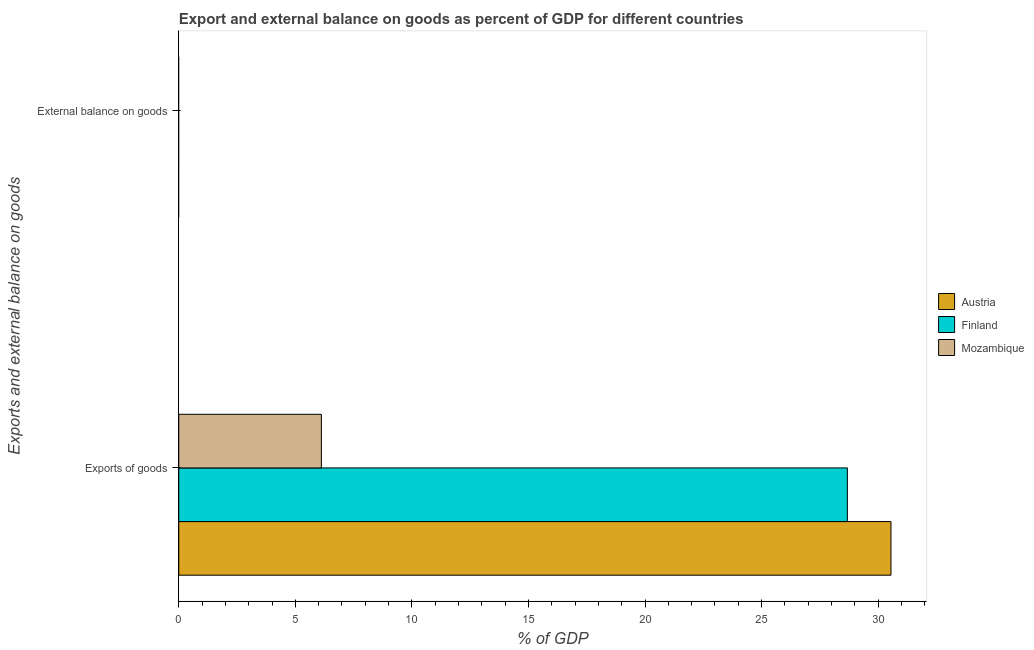
| Exports and external balance on goods | Austria | Finland | Mozambique |
 | --- | --- | --- | --- |
 | Exports of goods | 30.6 | 28.7 | 6.12 |
 | External balance on goods | -1.49 | -0.0105 | -16.6 |